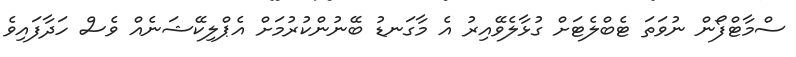
ސްމާޓްފޯން ނުވަތަ ޓެބްލެޓަށް ގުޅާލެވޭއިރު އެ މާގަނޑު ބޭނުންކުރުމަށް އެޕްލިކޭޝަނެއް ވެސް ހަދާފައިވެ